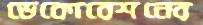
ডেকোরেশনের